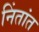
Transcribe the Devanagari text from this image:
निंतांत